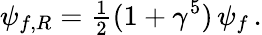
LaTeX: \psi_{f,R}={\textstyle\frac{1}{2}}(1+\gamma^{5})\, \psi_{f}\, .